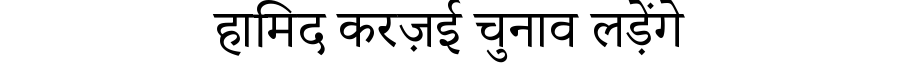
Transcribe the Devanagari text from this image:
हामिद करज़ई चुनाव लड़ेंगे